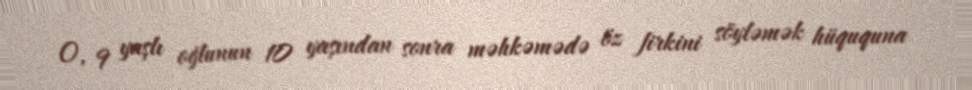
O, 9 yaşlı oğlunun 10 yaşından sonra məhkəmədə öz firkini söyləmək hüququna